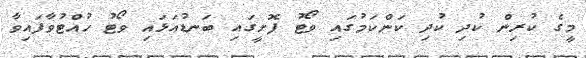
މީގެ ކުރިން ކުދި ކުދި ކަންކަމުގައި ވޯޓު ފޮޮށީގައި ބަނޑުއަޅައި ވޯޓު ހުއްޓުވާފައިވާ